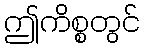
ဤကိစ္စတွင်